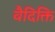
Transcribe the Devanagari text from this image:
वैदिक्ति